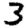
Digit: 3